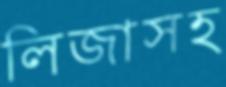
লিজাসহ